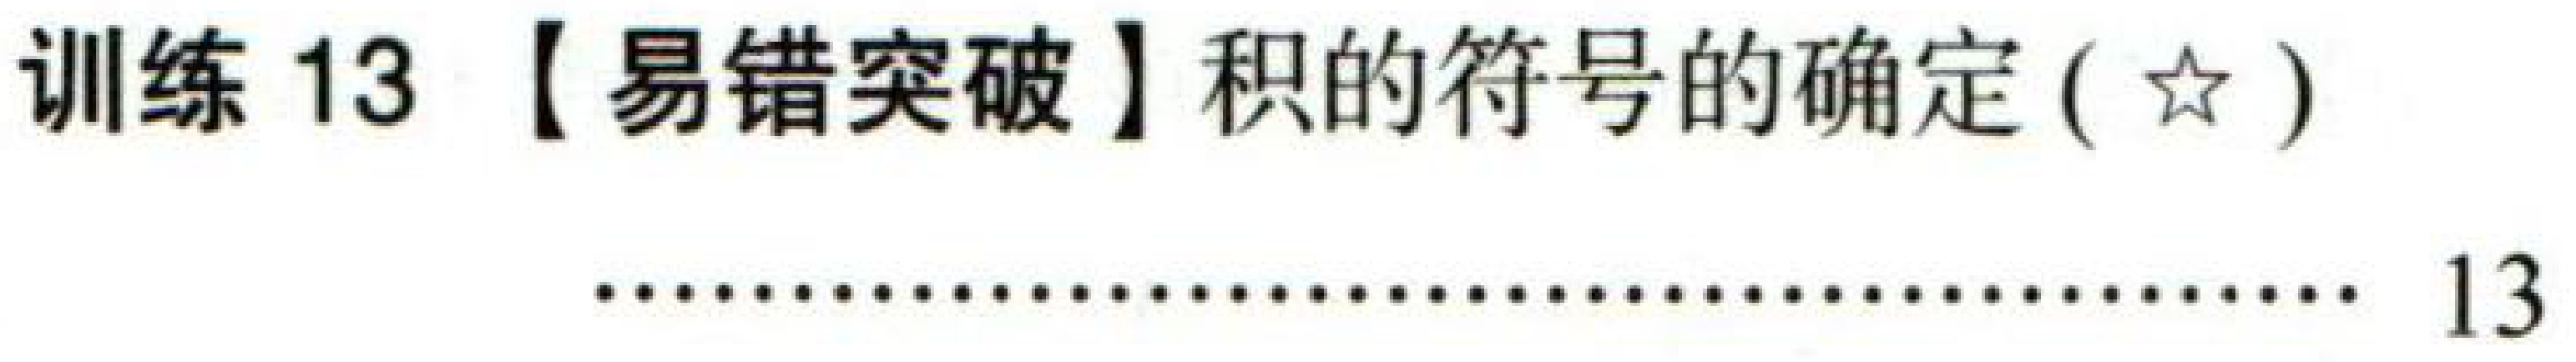
训练 13【易错突破】积的符号的确定(☆)

……………………………………………… 13